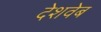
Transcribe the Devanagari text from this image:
देशवेब